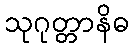
သုဂုတ္တာနိဓ